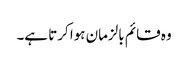
وہ قائم بالزمان ہوا کرتا ہے۔